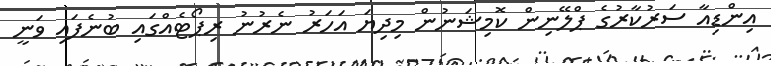
އިންޑިއާ ސަރުކާރުގެ ޕްލޭނިން ކޮމިޝަނުން މިދިޔަ އަހަރު ނެރުނު ރިޕޯޓެއްގައި ބުނެފައި ވަނީ